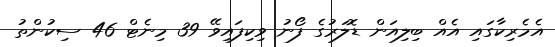
އެމެރިކާގައި އެއް ބިލިއަން ޑޮލަރުގެ ފޯނު ވިކިފައިވޭ 39 މިނެޓް 46 ސިކުންތު